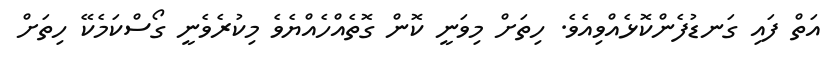
އަތް ފައި ގަނޑުފެންކޮޅެއްވިއެވެ. ހިތަށް މިވަނީ ކޮން ގޮތެއްހެއްޔެވެ މިކުރެވެނީ ގޯސްކަމެކޭ ހިތަށް